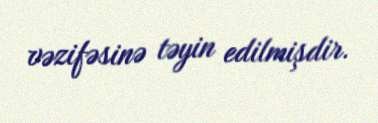
vəzifəsinə təyin edilmişdir.